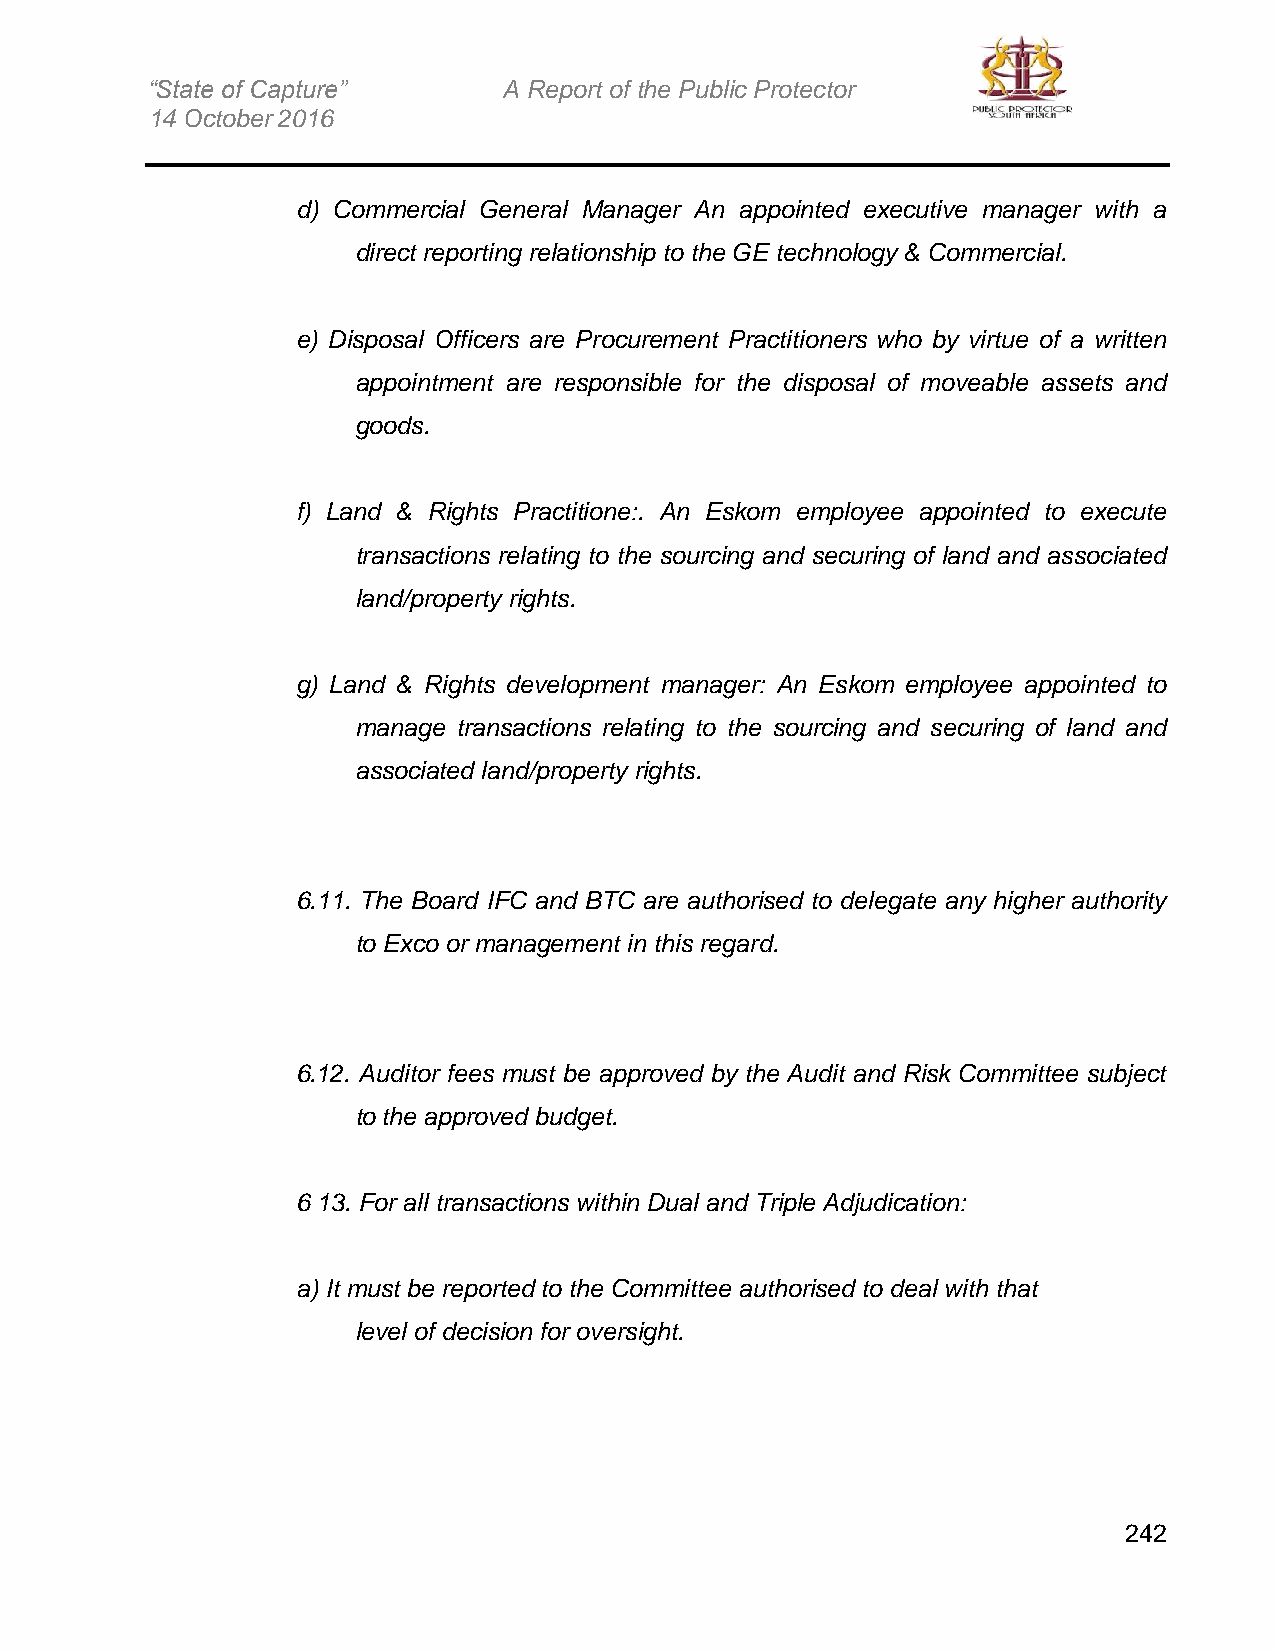
“State of Capture”     A Report of the Public Protector
 14 October 2016
 d) Commercial General Manager An appointed executive manager with a
 direct reporting relationship to the GE technology & Commercial.
 e) Disposal Officers are Procurement Practitioners who by virtue of a written
 appointment are responsible for the disposal of moveable assets and
 goods.
 f) Land & Rights Practitione:. An Eskom employee appointed to execute
 transactions relating to the sourcing and securing of land and associated
 land/property rights.
 g) Land & Rights development manager: An Eskom employee appointed to
 manage transactions relating to the sourcing and securing of land and
 associated land/property rights.
 6.11. The Board IFC and BTC are authorised to delegate any higher authority
 to Exco or management in this regard.
 6.12. Auditor fees must be approved by the Audit and Risk Committee subject
 to the approved budget.
 6 13. For all transactions within Dual and Triple Adjudication:
 a) It must be reported to the Committee authorised to deal with that
 level of decision for oversight.
 242